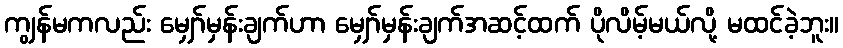
ကျွန်မကလည်း မျှော်မှန်းချက်ဟာ မျှော်မှန်းချက်အဆင့်ထက် ပိုလိမ့်မယ်လို့ မထင်ခဲ့ဘူး။